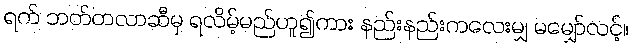
ရက် ဘတ်တလာဆီမှ ရလိမ့်မည်ဟူ၍ကား နည်းနည်းကလေးမျှ မမျှော်လင့်။